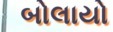
બોલાયો